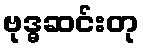
ဗုဒ္ဓဆင်းတု